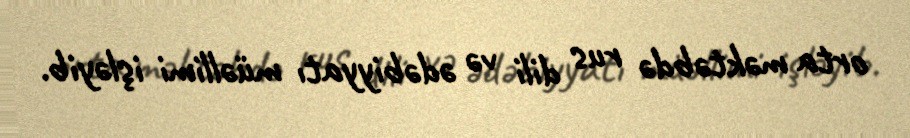
orta məktəbdə rus dili və ədəbiyyatı müəllimi işləyib.